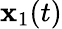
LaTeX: {\mathbf x}_{1}(t)